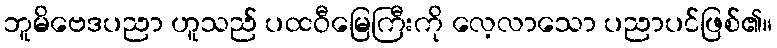
ဘူမိဗေဒပညာ ဟူသည် ပထဝီမြေကြီးကို လေ့လာသော ပညာပင်ဖြစ်၏။